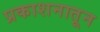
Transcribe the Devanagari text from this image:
प्रकाशनातून